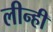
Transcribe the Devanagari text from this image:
लीन्‍ही